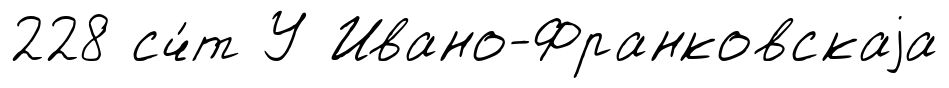
228 сч́т У Ивано-Франковскаjа